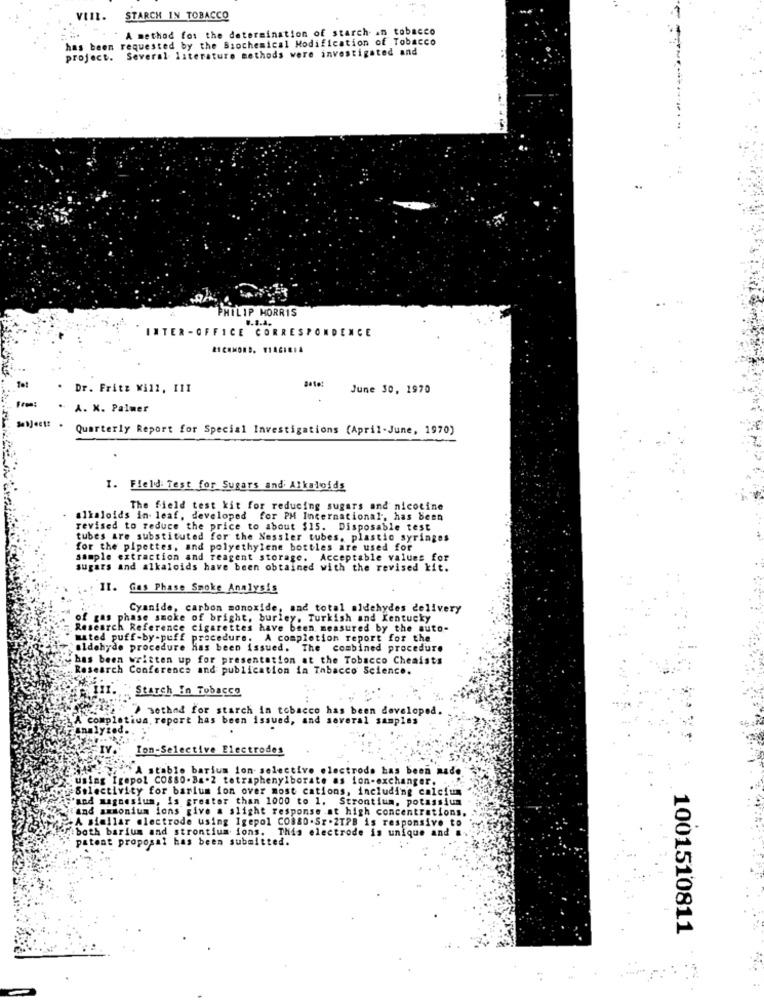
VIII.
STARCH IN TOBACCO
"A method fos the determination of starch- an tobacco
has been requested by the Biochemical Modification of Tobacco
project. Several literature methods were investigated and
ILIP MORRIS
8.8.4.
INTER-OFFICE CORRESPONDENCE
. Dr. Fritz Will, III
June 30, 1970
From:
A. X. Palmer
Quarterly Report for Special Investigations (April-June, 1970)
I. Field: Test for Sugars and Alkaloids
The field test kit for reducing sugars and nicotine
alkaloids in leaf, developed for PM International, has been
revised to reduce the price to about $15. Disposable test
tubes are substituted for the Nessler tubes, plastic syringes
for the pipettes, and polyethylene bottles are used for
sample extraction and reagent storage. Acceptable values for
sugars and alkaloids have been obtained with the revised kit.
. Il. Gas Phase Smoke Analysis
Cyanide, carbon monoxide, and total aldehydes delivery
of gas phase smoke of bright, burley. Turkish and Kentucky
Research Reference cigarettes have been measured by the auto-
mated puff-by-puff procedure. A completion report for the
aldehyde procedure has been issued. The combined procedure
has been written up for presentation at the Tobacco Cheaists
Research Conference and publication in Tabacco Science.
Starch In Tobacco
method for starch in tobacco has been developed.
A completiun report has been issued, and several samples
nalyzed.
Ton-Selective Electrodes
A stable barium ion selective
ectrodo has been made
using Igepol CO880-Ba.2 tetraphenylborate as ion-exchanger.
Selectivity for barium ion over most cations, including calcium
"and magnesium, is greater than 1000 to 1. Strontium, potassium
and ammonium ions give a slight response .at high concentrations.
"A similar electrode using Igepol CO380.Sr.2TPB is responsive to
".both barium and strontium ions. This electrode is unique and ..
patent proposal has been submitted.
1001510811